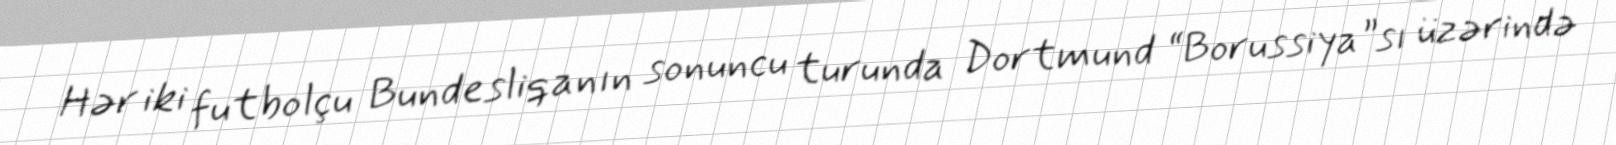
Hər iki futbolçu Bundesliqanın sonuncu turunda Dortmund “Borussiya”sı üzərində